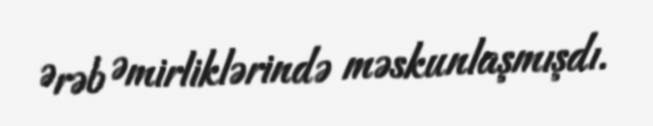
Ərəb Əmirliklərində məskunlaşmışdı.